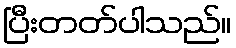
ပြီးတတ်ပါသည်။